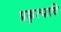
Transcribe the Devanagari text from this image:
प्रकृत्यादि